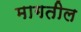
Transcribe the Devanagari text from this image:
मागतील